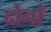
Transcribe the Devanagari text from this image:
दोनाँ